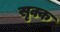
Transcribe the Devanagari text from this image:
सृक्क